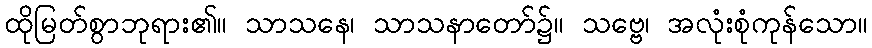
ထိုမြတ်စွာဘုရား၏။ သာသနေ၊ သာသနာတော်၌။ သဗ္ဗေ၊ အလုံးစုံကုန်သော။